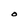
Character: O